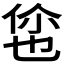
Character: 𬾡